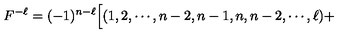
F ^ { - \ell } = ( - 1 ) ^ { n - \ell } \Bigl [ ( 1 , 2 , \cdots , n - 2 , n - 1 , n , n - 2 , \cdots , \ell ) +